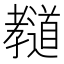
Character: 𰌲